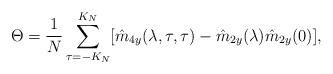
LaTeX: \begin{align*}\Theta = \frac{1}{N}\sum_{\tau = -K_N}^{K_N}[\hat{m}_{4y}(\lambda,\tau,\tau) - \hat{m}_{2y}(\lambda)\hat{m}_{2y}(0)],\ \end{align*}